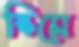
স্কিমে